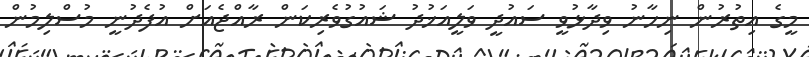
މީގެ އިތުރުން ނިހާނު ވިދާޅުވީ ސައުދީ ވަލީއަޚުދު ޝައުގުވެރިކަން ރާއްޖެއަށް އުފެދުނީ މުސްލިމުން